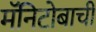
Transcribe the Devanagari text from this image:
मॅनिटोबाची